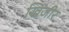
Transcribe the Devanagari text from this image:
खिजीर